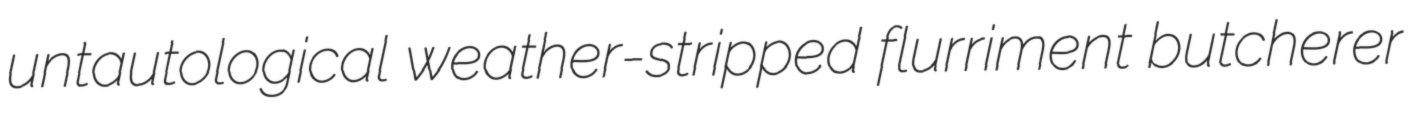
untautological weather-stripped flurriment butcherer